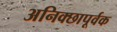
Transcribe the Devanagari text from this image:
अनिक्छापूर्वक